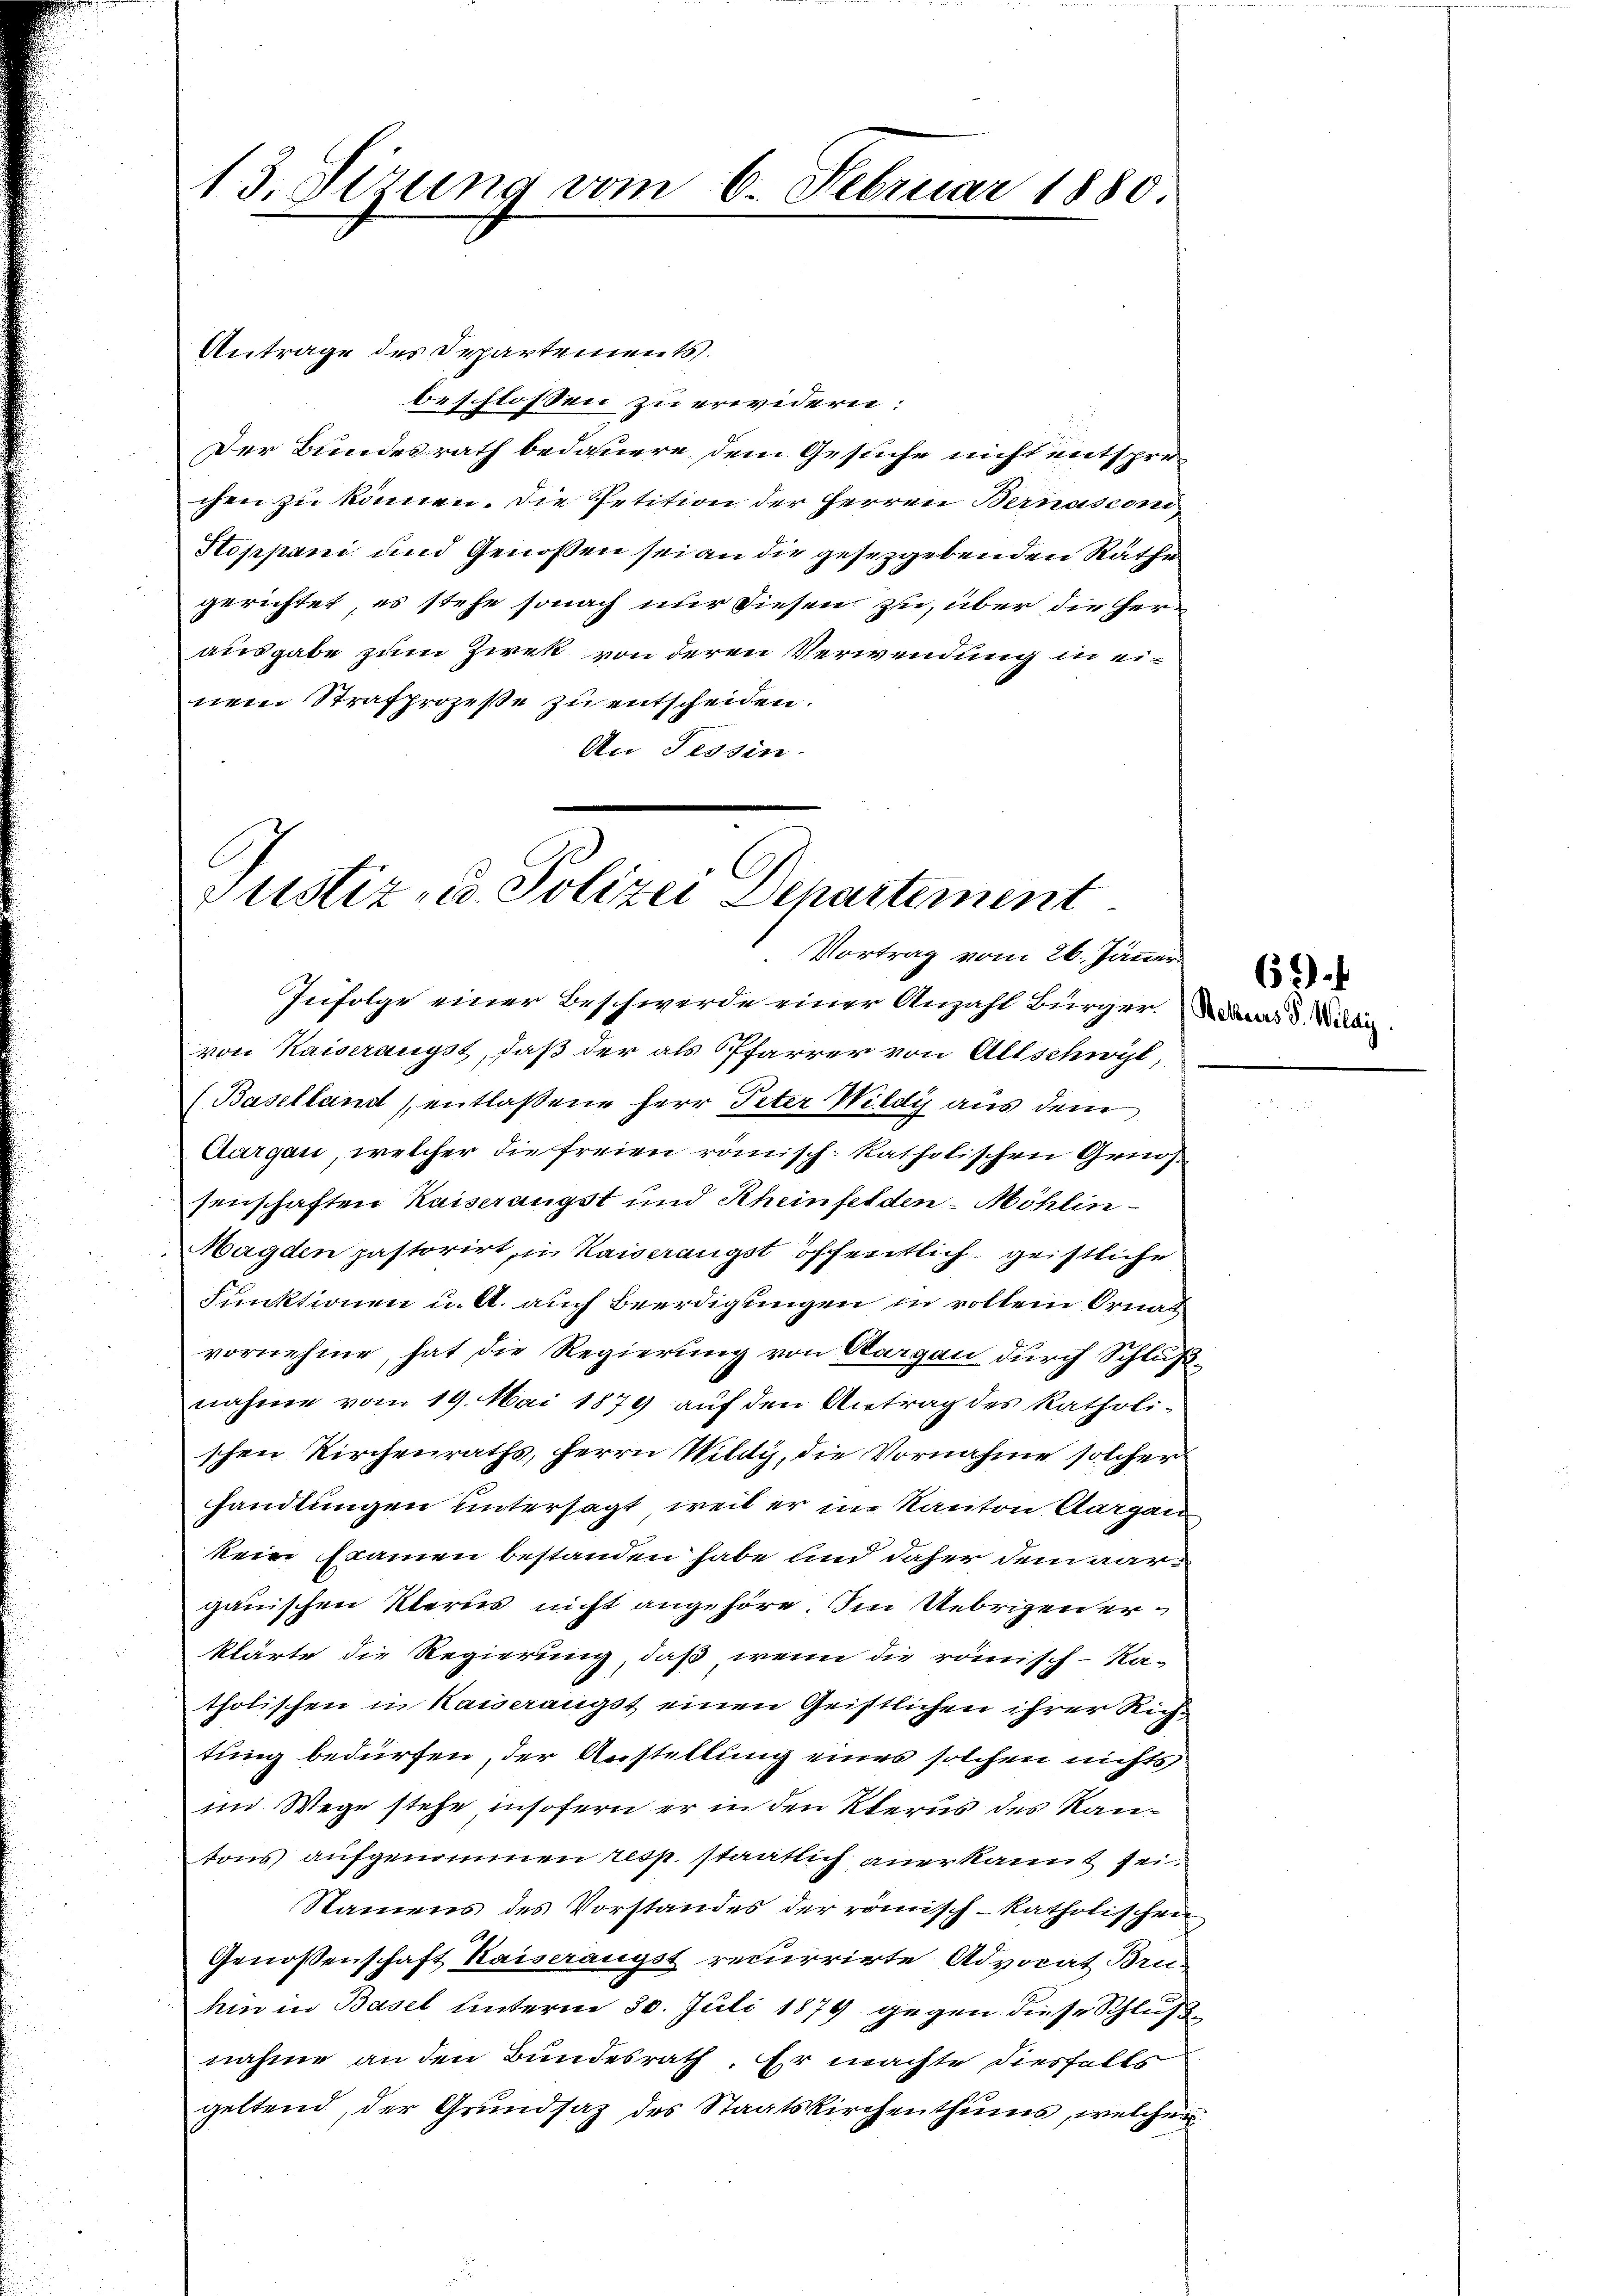
Antrage des Departements.
beschlossen zu erwidern:
Der Bundesrath bedauere, dem Gesuche nicht entsprochen zu können. Die Petition der Herren Bernasconi
Stoppani und Genossen sei an die gesetzgebenden Räthe
gerichtet, es stehe sonach nur diesen zu, über die Herausgabe zum Zirk von deren Verwendung in einem Strafprozeße zu entscheiden.
An Tessin.

13. Sizung vom 6. Februar 1880

Justiz- u. Polizei Departement
Vortrag vom 26. Jänner

Infolge einer Beschwerde einer Anzahl Bürger. War d. Wider
von Kaiserangst, daß der als Pfarrer von Altschwil,
(Baselland (entlaßene Herr Peter Wildi aus dem
Aargau, welcher die freien römisch-katholischen Genossenschaften Kaiserangst und Rheinfelden - Möhlin
Magden pastorirt, in Kaiserangst öffentlich geistliche
Funktionen u. A. auch Beerdigungen in vollen Ornal
vornehme, hat die Regierung von Aargau durch Schlußnahme vom 19. Mai 1879 auf den Antrag des katholi-
schen Kirchenraths, Herrn Wildy, die Vornahme solcher
handlungen untersagt, weil er im Kanton Aargau
kein Examen bestanden habe und daher dem aargauischen Klerus nicht angehöre. Im Uebrigen erklärte die Regierung, daß wenn die römisch-Ka-
tholischen in Kaiserangst einen Geistlichen ihrer Richtung bedürfen, der Anstellung eines solchen nichts
im Wege stehe insofern er in den Klerus des Kantons aufgenommen resp. staatlich anerkannt sei.
Namens des Vorstandes der römisch-katholischen
Genossenschaft Kaiserangst recirrirte Advocat Bru-
hin in Basel unterm 30. Juli 1879 gegen diese Schlußnahme an den Bundesrath. Er machte diesfalls
geltend, der Grundsatz des Staatskirchenthums, welcher